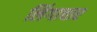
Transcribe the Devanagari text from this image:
लिंगाचार